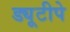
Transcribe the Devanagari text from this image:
ड्यूटीपे